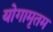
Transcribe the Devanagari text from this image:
योगामृतम